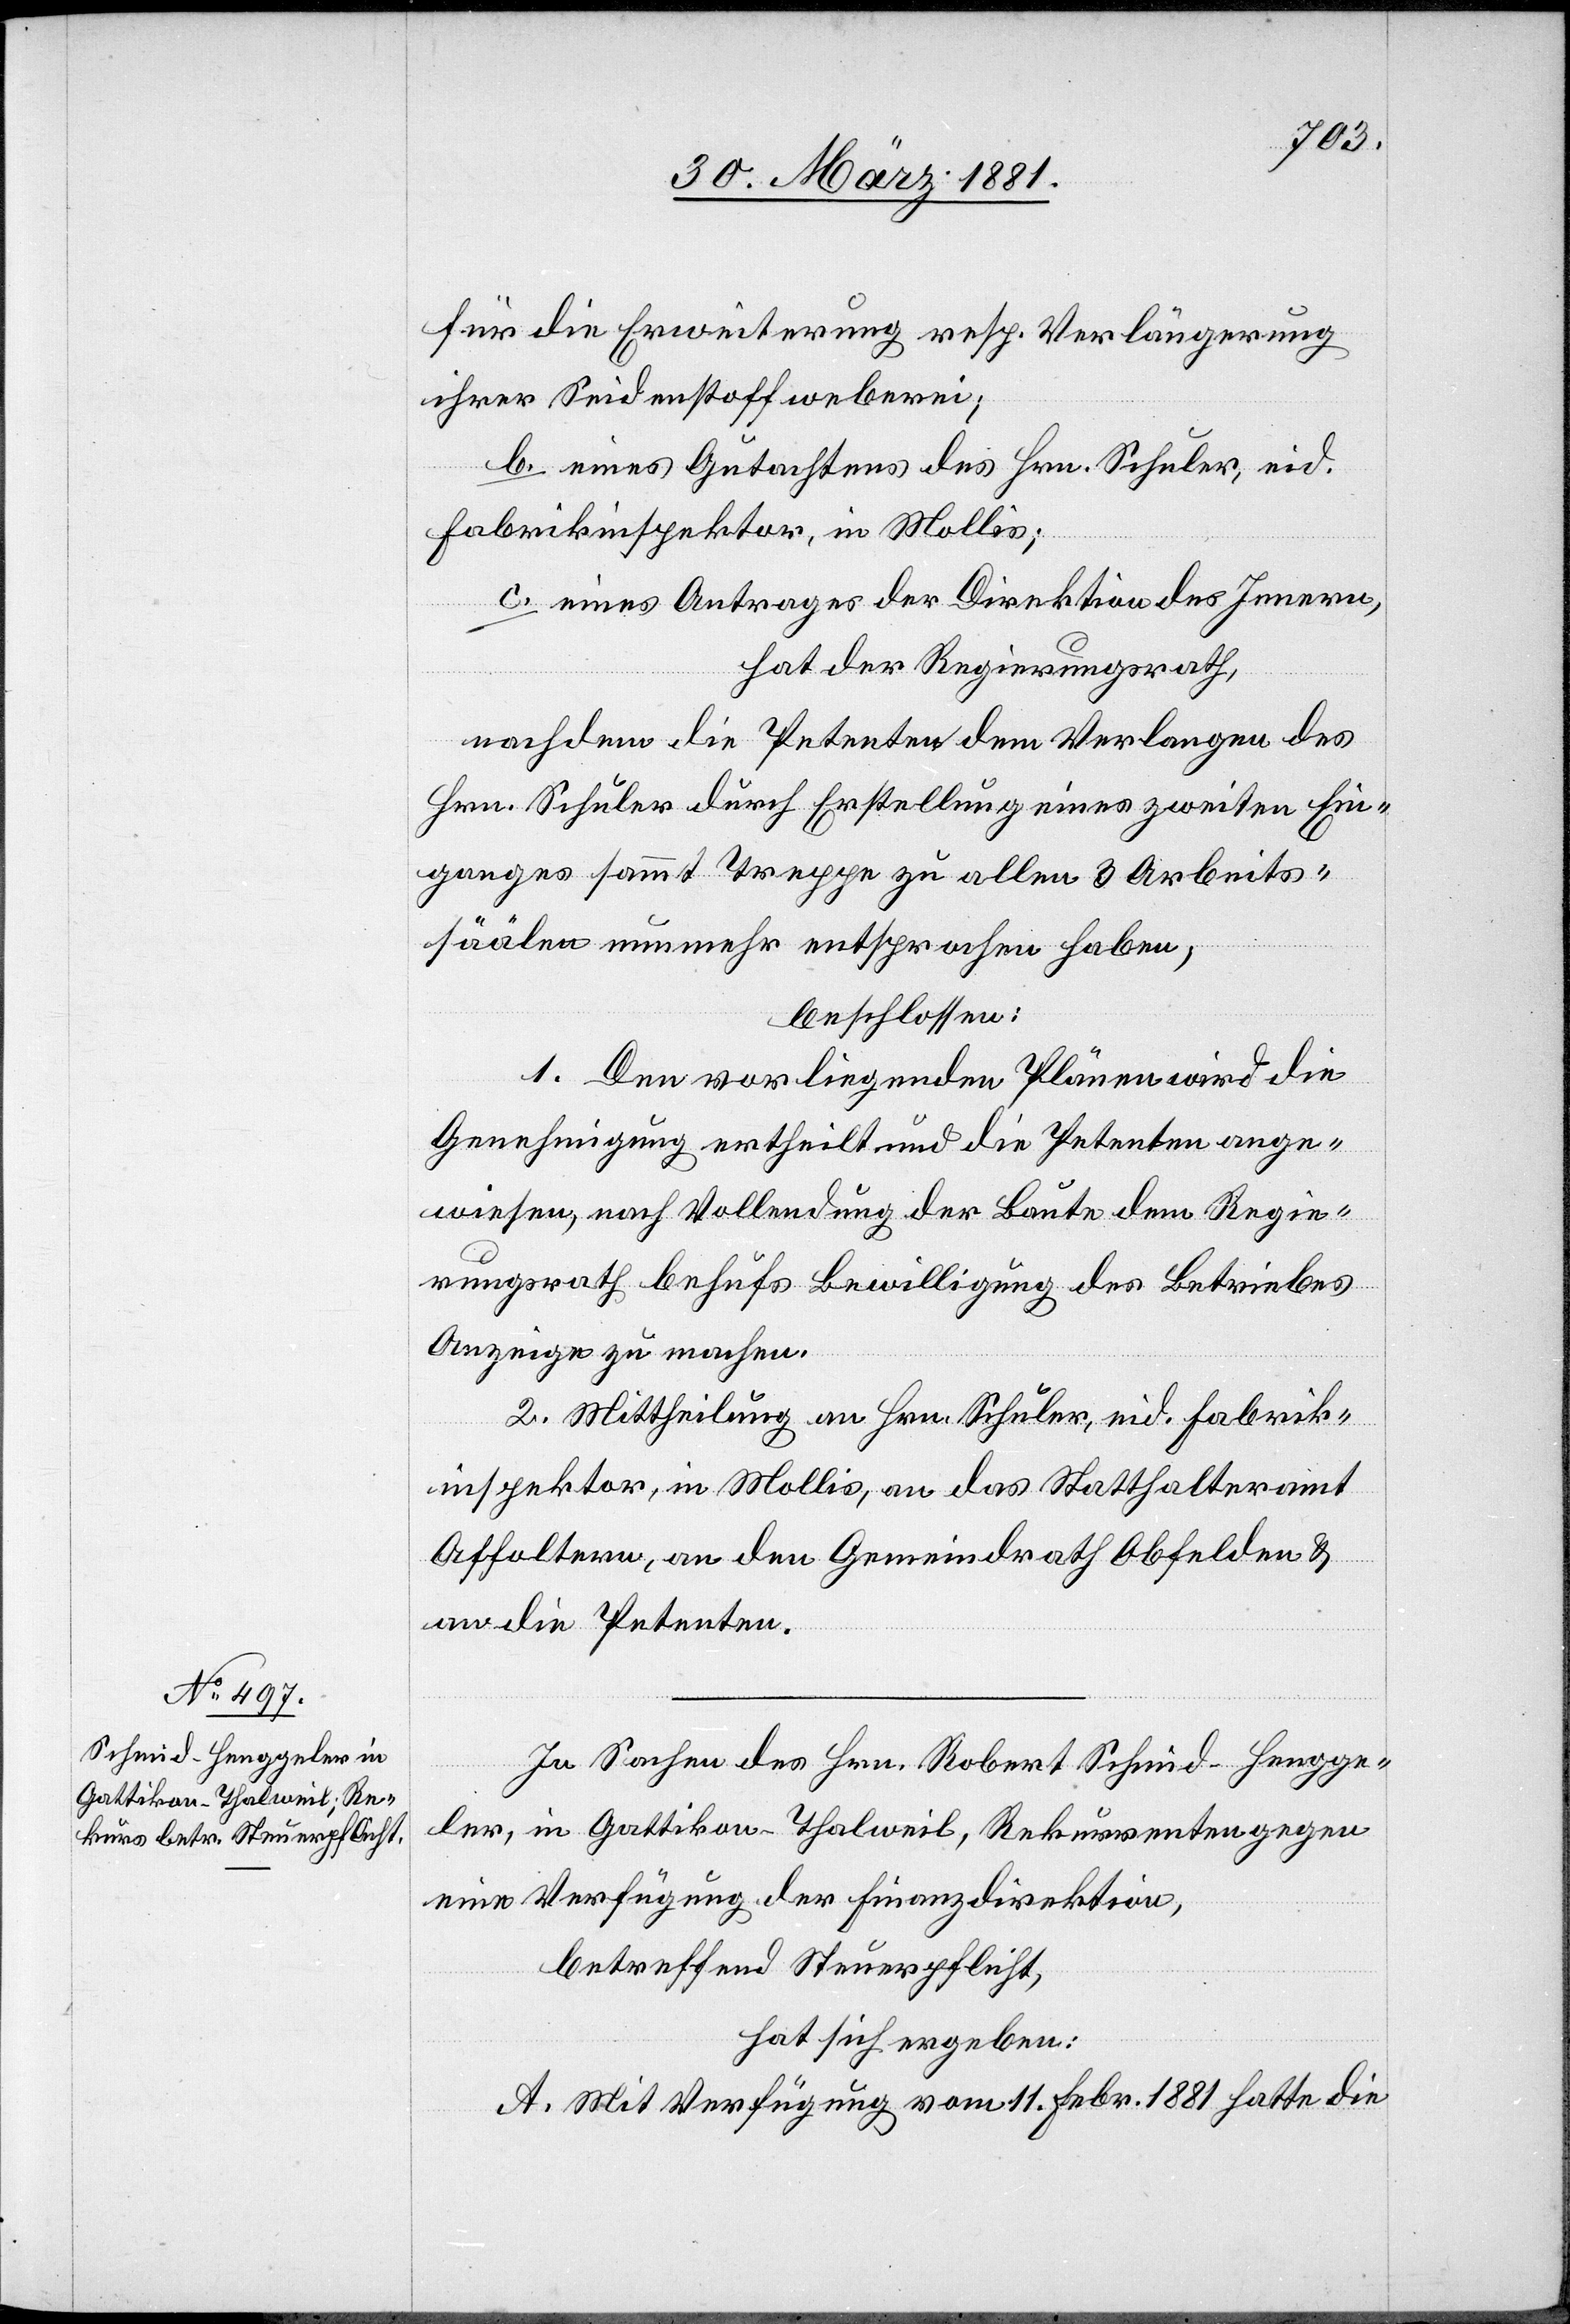
für die Erweiterung resp. Verlängerung
ihrer Seidenstoffweberei;
b. eines Gutachtens des Hrn. Schuler, eid.
Fabrikinspektor, in Mollis;
c. eines Antrages der Direktion des Innern,
hat der Regierungsrath,
nachdem die Petenten dem Verlangen des
Hrn. Schuler durch Erstellung eines zweiten Ein¬
ganges sammt Treppe zu allen 3 Arbeits¬
säälen nunmehr entsprochen haben,
beschlossen:
1. Den vorliegenden Plänen wird die
Genehmigung ertheilt und die Petenten ange¬
wiesen, nach Vollendung der Baute dem Regie¬
rungsrath behufs Bewilligung des Betriebes
Anzeige zu machen.
2. Mittheilung an Hrn. Schuler, eid. Fabrik¬
inspektor, in Mollis, an das Statthalteramt
Affoltern, an den Gemeindrath Obfelden &
an die Petenten.
In Sachen des Hrn. Robert Schmid-Hengge¬
ler, in Gattikon - Thalweil, Rekurrenten gegen
eine Verfügung der Finanzdirektion,
betreffend Steuerpflicht,
hat sich ergeben:
A. Mit Verfügung vom 11. Febr. 1881 hatte die